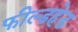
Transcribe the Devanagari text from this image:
फील्डहेड